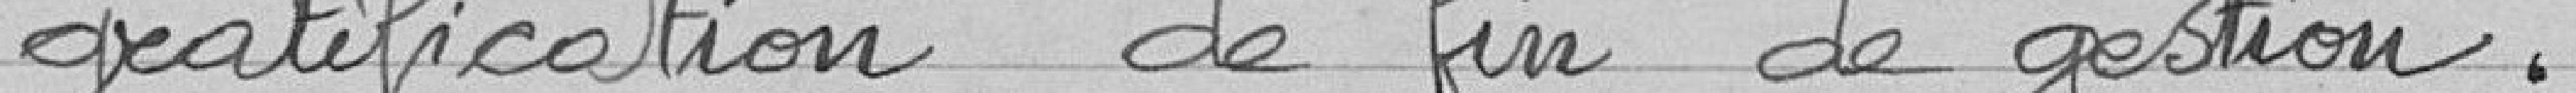
gratification de fin de gestion.